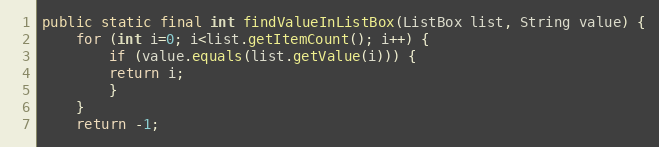
Language: Java
public static final int findValueInListBox(ListBox list, String value) {
	for (int i=0; i<list.getItemCount(); i++) {
	    if (value.equals(list.getValue(i))) {
		return i;
	    }
	}
	return -1;